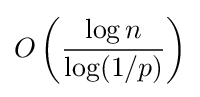
O\left({\frac {\log n}{\log(1/p)}}\right)